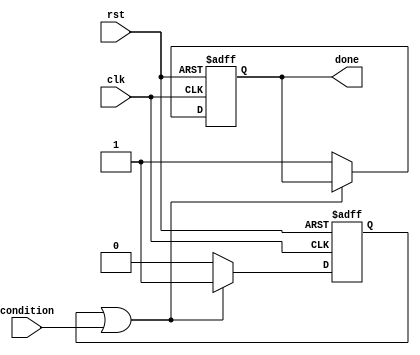
module do_while_loop (
    input  wire clk,
    input  wire rst,
    input  wire condition,
    output reg done
);

reg start_loop;

always @(posedge clk or posedge rst) begin
    if (rst) begin
        start_loop <= 1'b0;
        done <= 1'b0;
    end else begin
        if (start_loop == 1'b1 || condition) begin
            // Block of statements to be executed inside the loop
            // ...

            start_loop <= 1'b1;
        end else begin
            start_loop <= 1'b0;
            done <= 1'b1;
        end
    end
end

endmodule